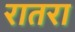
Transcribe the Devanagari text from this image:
रातरा